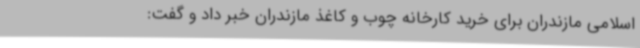
اسلامی مازندران برای خرید کارخانه چوب و کاغذ مازندران خبر داد و گفت: